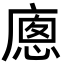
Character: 𢊕